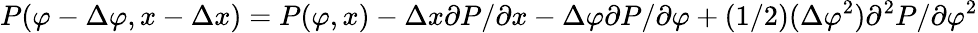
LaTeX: P(\varphi-\Delta\varphi,x-\Delta x)=P(\varphi,x)-\Delta x\partial P/\partial x-\Delta\varphi\partial P/\partial\varphi+(1/2)(\Delta\varphi^{2})\partial^{2}P/\partial\varphi^{2}